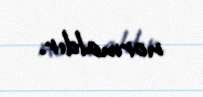
normaldır.